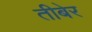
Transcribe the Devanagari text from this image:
तीबेर